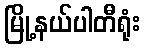
မြို့နယ်ပါတီရုံး